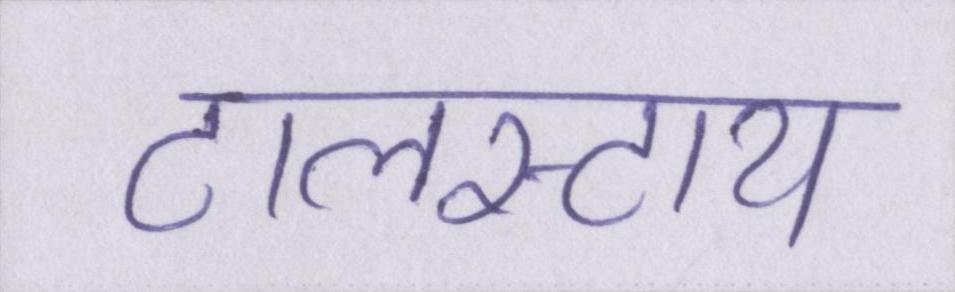
टालस्टाय